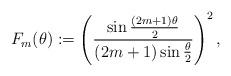
LaTeX: \begin{align*}F_m(\theta):=\left(\frac{\sin\frac{(2m+1)\theta}{2}}{(2m+1)\sin\frac{\theta}{2}}\right)^2,\end{align*}